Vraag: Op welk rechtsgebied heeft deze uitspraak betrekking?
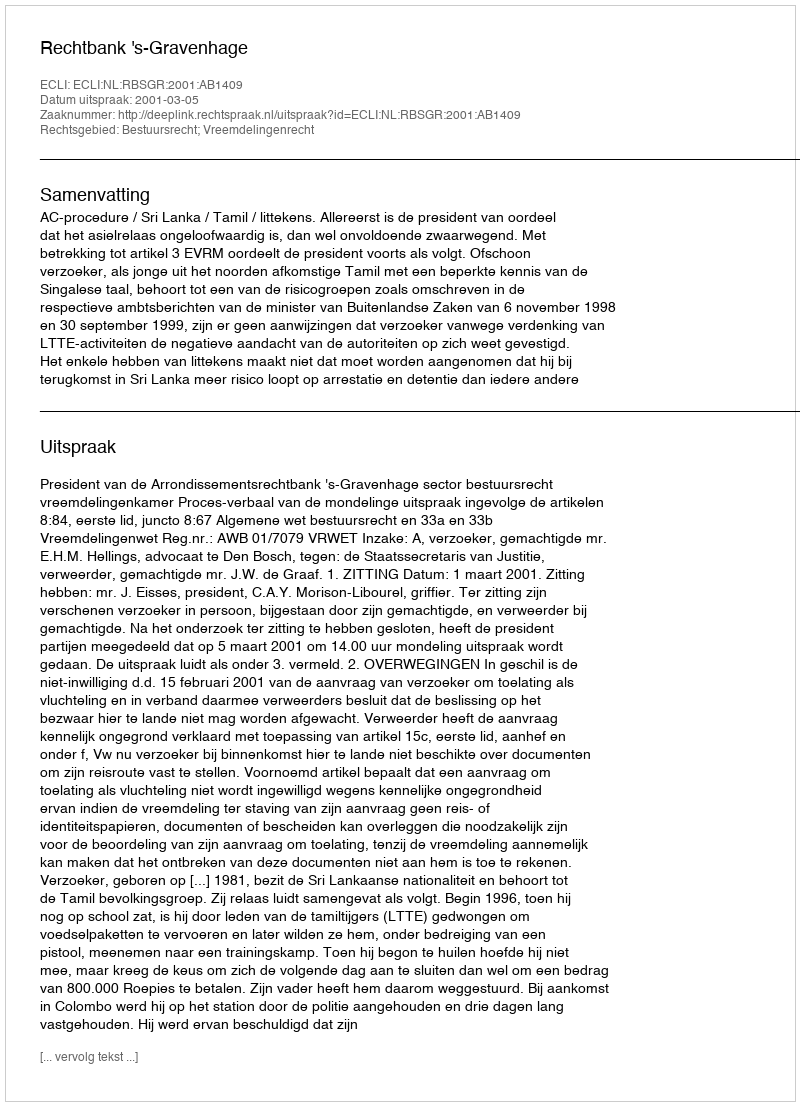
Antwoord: Bestuursrecht; Vreemdelingenrecht